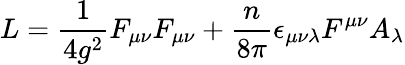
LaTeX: L=\frac{1}{4g^{2}}F_{\mu\nu}F_{\mu\nu}+\frac{n}{8\pi}\epsilon_{\mu\nu\lambda}F^{\mu\nu}A_{\lambda}